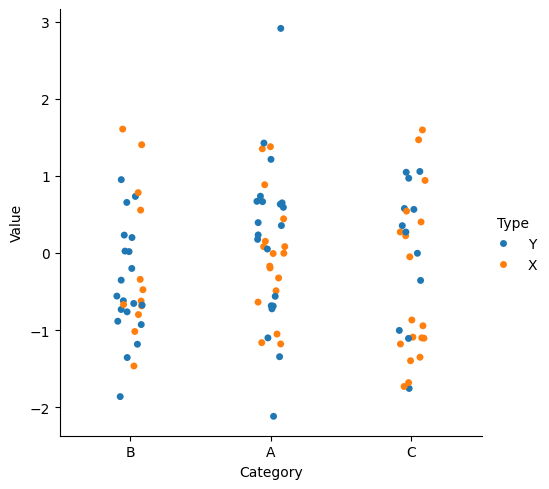
python, seaborn, catplot, kind='strip', height=5, aspect=1